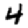
Digit: 4